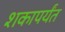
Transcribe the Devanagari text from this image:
शकापर्यंत